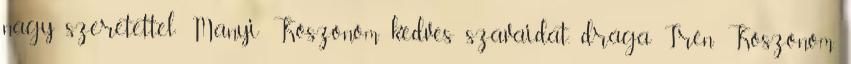
nagy szeretettel: Manyi Köszönöm kedves szavaidat, drága Irén Köszönöm